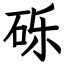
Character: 砾